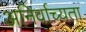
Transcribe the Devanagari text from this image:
अनिर्वाच्यता